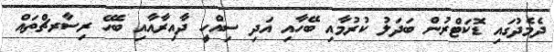
ދެމެދުގައި ޑޮކަޓްރުން ބަދަލު ކުރުމާއި ބޭހާއި އަދި ސިއްހީ ދާއިރާއާއި ބެހޭ ރިސާރޗްތައް